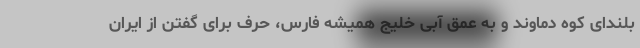
بلندای کوه دماوند و به عمق آبی خلیج همیشه فارس، حرف برای گفتن از ایران